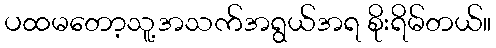
ပထမတော့သူ့အသက်အရွယ်အရ စိုးရိမ်တယ်။